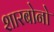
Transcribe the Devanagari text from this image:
शारबोनो